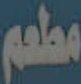
مطعم